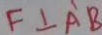
F \bot A ^ { \prime } B